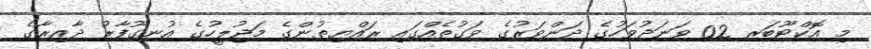
މި އޮކްޓޫބަރ 02 ވަނަދުވަހުގެ ދަންވަރުގެ ވަގުތެއްގައި ރައްޔިތުންގެ މަޖުލީހުގެ އުނގޫފާރު ދާއިރާގެ